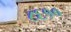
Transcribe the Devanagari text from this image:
८६१०